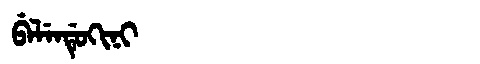
Manchu: ᠪᡝᠯᡝᠨᡩᡠᡴᡳᠨᡳ
Romanization: BELENDUKINI